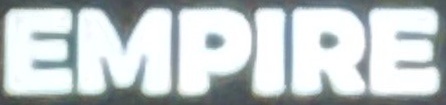
EMPIRE